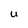
Character: u